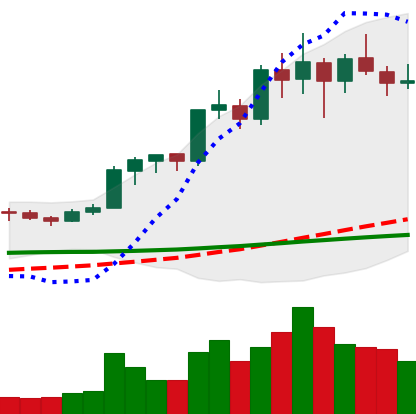
Ticker: LINK-USD
Chart end date: 2020-02-21
Forward return: -16.107%
Label: down_7plus